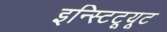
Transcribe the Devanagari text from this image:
इन्स्टिटूयूट